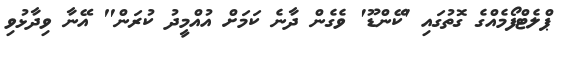
ޕްލެޓްފޯމެއްގެ ގޮތުގައި 'ކޭންޑޫ' ވެގެން ދާނެ ކަމަށް އުއްމީދު ކުރަން" އޭނާ ވިދާޅުވި